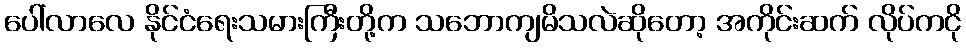
ပေါ်လာလေ နိုင်ငံရေးသမားကြီးတို့က သဘောကျမိသလဲဆိုတော့ အကိုင်းဆက် လိုပ်ကငို